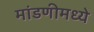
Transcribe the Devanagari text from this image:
मांडणीमध्ये